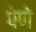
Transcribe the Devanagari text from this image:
पेणे